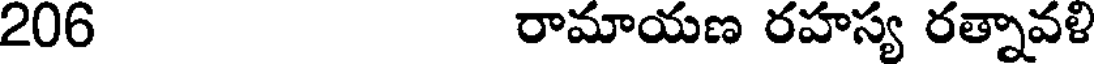
206 రామాయణ రహస్య రత్నావళి